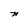
Character: n